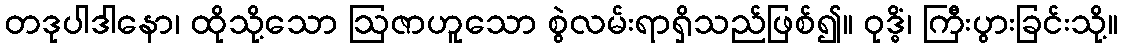
တဒုပါဒါနော၊ ထိုသို့သော ဩဇာဟူသော စွဲလမ်းရာရှိသည်ဖြစ်၍။ ဝုဒ္ဓိံ၊ ကြီးပွားခြင်းသို့။